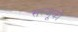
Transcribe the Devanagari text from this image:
सल्जूकों